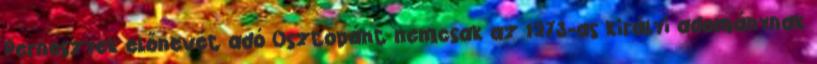
Perneszyek előnevét adó Osztopánt nemcsak az 1273-as királyi adománynak